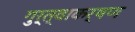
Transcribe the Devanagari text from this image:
गुर्त्वाकर्षण